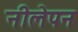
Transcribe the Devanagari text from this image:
नीलेपन